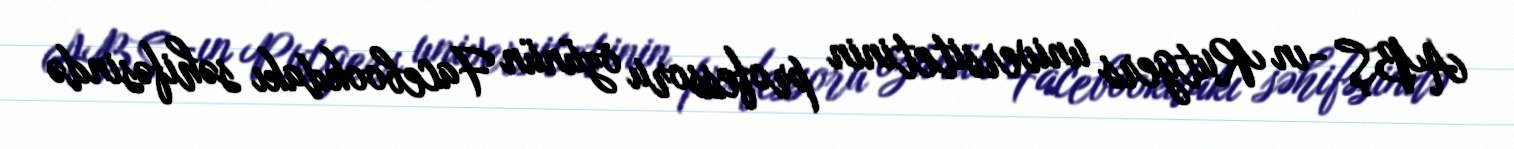
ABŞ -ın Rutgers universitetinin professoru özünün Facebookdakı səhifəsində